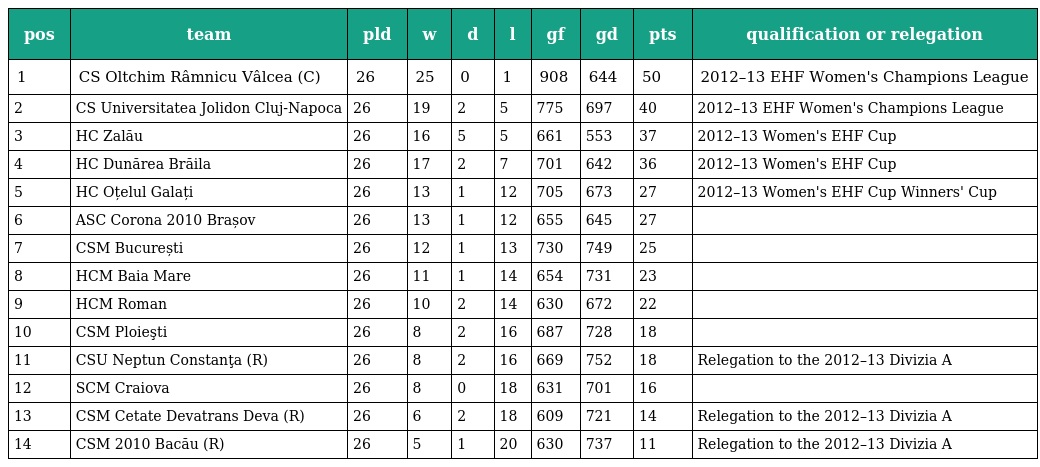
| pos | team | pld | w | d | l | gf | gd | pts | qualification or relegation |
 | --- | --- | --- | --- | --- | --- | --- | --- | --- | --- |
 | 1 | CS Oltchim Râmnicu Vâlcea (C) | 26 | 25 | 0 | 1 | 908 | 644 | 50 | 2012–13 EHF Women's Champions League |
 | 2 | CS Universitatea Jolidon Cluj-Napoca | 26 | 19 | 2 | 5 | 775 | 697 | 40 | 2012–13 EHF Women's Champions League |
 | 3 | HC Zalău | 26 | 16 | 5 | 5 | 661 | 553 | 37 | 2012–13 Women's EHF Cup |
 | 4 | HC Dunărea Brăila | 26 | 17 | 2 | 7 | 701 | 642 | 36 | 2012–13 Women's EHF Cup |
 | 5 | HC Oțelul Galați | 26 | 13 | 1 | 12 | 705 | 673 | 27 | 2012–13 Women's EHF Cup Winners' Cup |
 | 6 | ASC Corona 2010 Brașov | 26 | 13 | 1 | 12 | 655 | 645 | 27 |  |
 | 7 | CSM București | 26 | 12 | 1 | 13 | 730 | 749 | 25 |  |
 | 8 | HCM Baia Mare | 26 | 11 | 1 | 14 | 654 | 731 | 23 |  |
 | 9 | HCM Roman | 26 | 10 | 2 | 14 | 630 | 672 | 22 |  |
 | 10 | CSM Ploieşti | 26 | 8 | 2 | 16 | 687 | 728 | 18 |  |
 | 11 | CSU Neptun Constanţa (R) | 26 | 8 | 2 | 16 | 669 | 752 | 18 | Relegation to the 2012–13 Divizia A |
 | 12 | SCM Craiova | 26 | 8 | 0 | 18 | 631 | 701 | 16 |  |
 | 13 | CSM Cetate Devatrans Deva (R) | 26 | 6 | 2 | 18 | 609 | 721 | 14 | Relegation to the 2012–13 Divizia A |
 | 14 | CSM 2010 Bacău (R) | 26 | 5 | 1 | 20 | 630 | 737 | 11 | Relegation to the 2012–13 Divizia A |